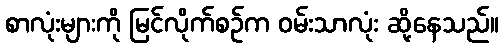
စာလုံးများကို မြင်လိုက်စဉ်က ဝမ်းသာလုံး ဆို့နေသည်။